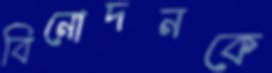
বিনোদনকে